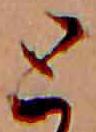
と